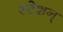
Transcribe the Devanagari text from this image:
स्टेशन्